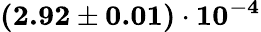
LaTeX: \mathbf{(2.92\pm 0.01)\cdot 10^{-4}}